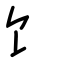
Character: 饣